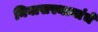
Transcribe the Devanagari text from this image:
निवासस्थानांचे